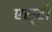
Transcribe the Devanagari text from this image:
एस्‌टी